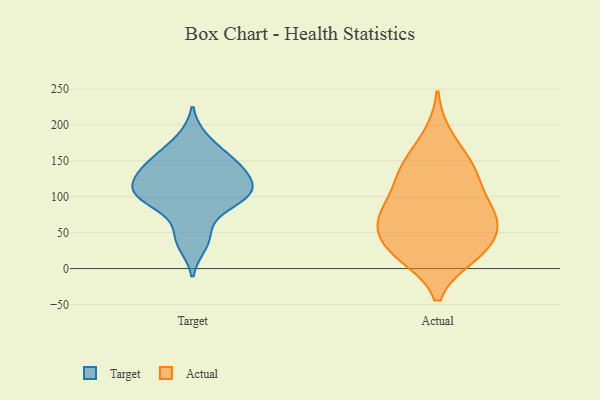
{"axis": {"x": "Humidity (%)", "y": "Value"}, "legend": ["Actual", "Target"], "data": [{"x": "", "y": 33, "type": "Target"}, {"x": "", "y": 49, "type": "Target"}, {"x": "", "y": 141, "type": "Target"}, {"x": "", "y": 94, "type": "Target"}, {"x": "", "y": 124, "type": "Target"}, {"x": "", "y": 112, "type": "Target"}, {"x": "", "y": 87, "type": "Target"}, {"x": "", "y": 181, "type": "Target"}, {"x": "", "y": 100, "type": "Target"}, {"x": "", "y": 112, "type": "Target"}, {"x": "", "y": 136, "type": "Target"}, {"x": "", "y": 107, "type": "Target"}, {"x": "", "y": 153, "type": "Target"}, {"x": "", "y": 154, "type": "Target"}, {"x": "", "y": 28, "type": "Actual"}, {"x": "", "y": 51, "type": "Actual"}, {"x": "", "y": 59, "type": "Actual"}, {"x": "", "y": 18, "type": "Actual"}, {"x": "", "y": 93, "type": "Actual"}, {"x": "", "y": 82, "type": "Actual"}, {"x": "", "y": 21, "type": "Actual"}, {"x": "", "y": 81, "type": "Actual"}, {"x": "", "y": 150, "type": "Actual"}, {"x": "", "y": 59, "type": "Actual"}, {"x": "", "y": 184, "type": "Actual"}, {"x": "", "y": 132, "type": "Actual"}, {"x": "", "y": 72, "type": "Actual"}, {"x": "", "y": 129, "type": "Actual"}, {"x": "", "y": 135, "type": "Actual"}, {"x": "", "y": 20, "type": "Actual"}]}